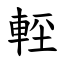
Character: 䡖